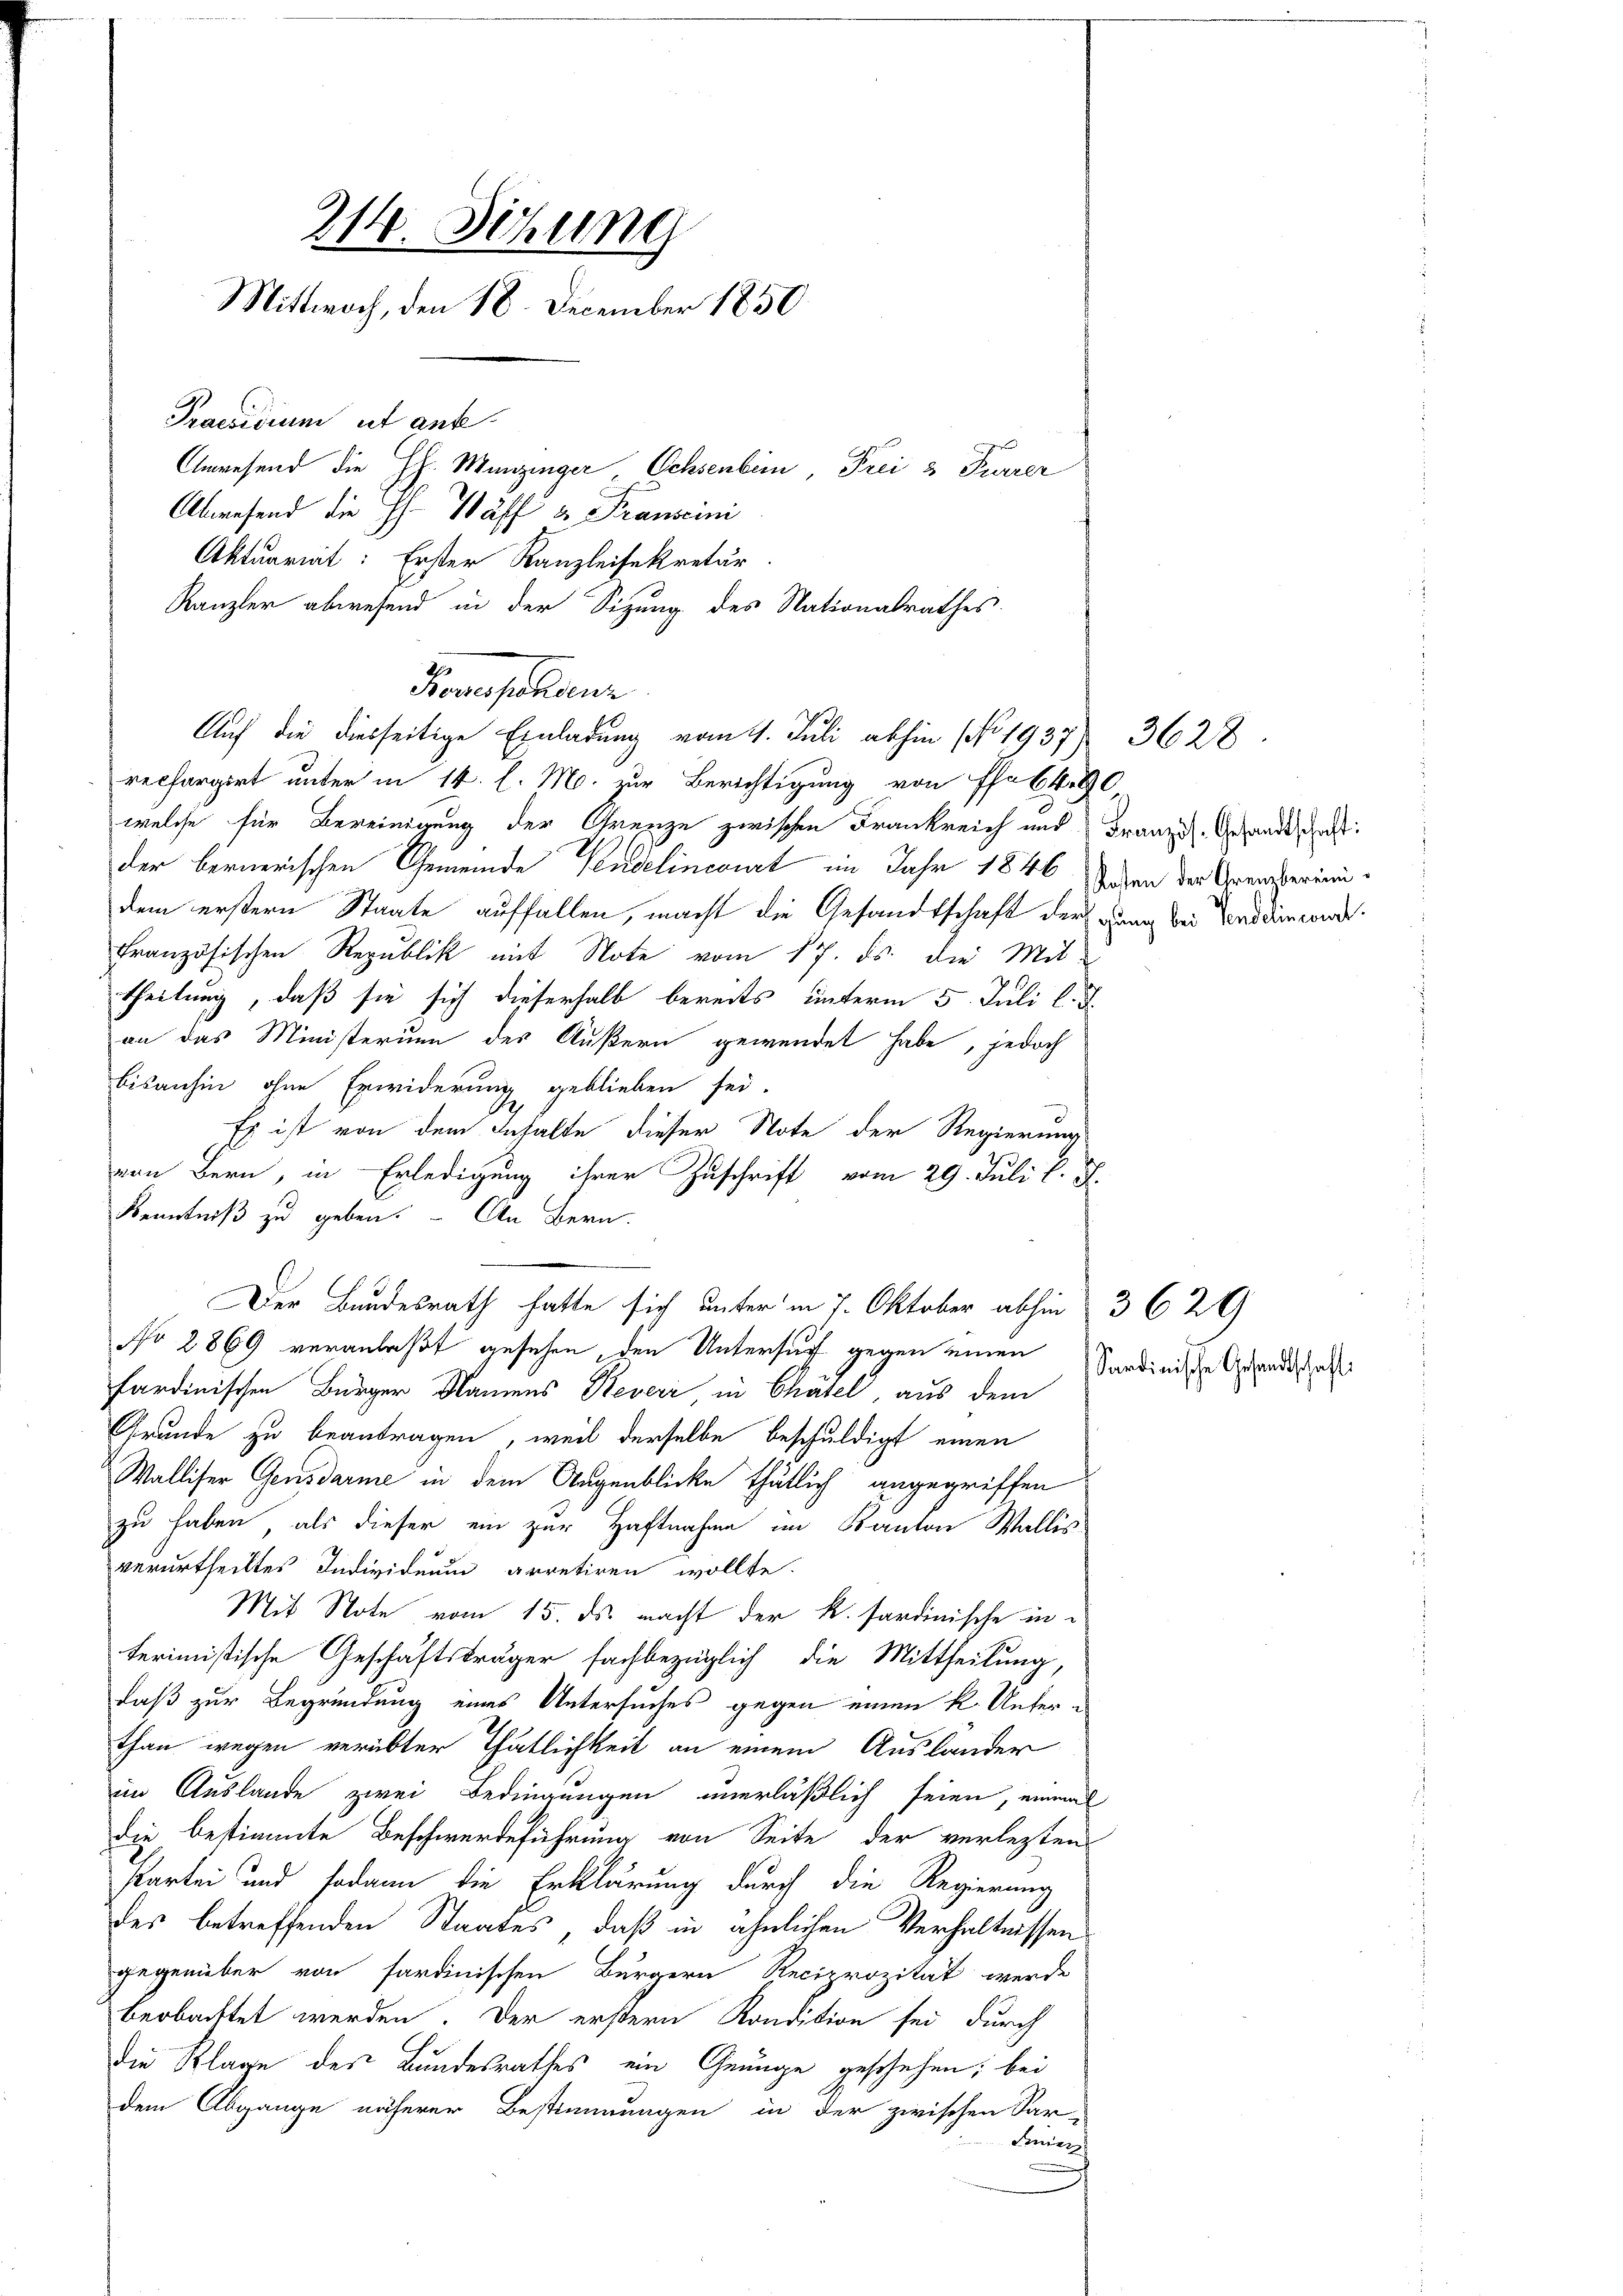
214. Sitzung
Mittwoch, den 18. December 1850
Praesidium ist anfe
Anwesend die HH. Menzinger Ochsenbein Frei & Furrer
Abwesend die H. Wäff u. Franscini
Aktuariat: Erster Kanzleisekretär

Auf die diesseitige Einladung vom 4. Juli abhin (No. 1937) 3628
rechargirt unter in 14. l. M. zur Berichtigung von Pfabbr
welche für Bereinigung der Grenze zwischen Frankreich und Französ. Gesandtschaft:
der bernerischen Gemeinde Pendelincourt im Jahr 1846 Jahren der Grenzperindem erstern Staate auffallen, macht die Gesandtschaft der Gang bei Verdamend
französischen Republik mit Note vom 17. ds. die Mit-
theilung, daß sie sich dieserhalb bereits unterm 5. Juli l. J.
an das Ministerium des Äußern gewendet habe, jedoch
bisanhin ohne Erwiderung geblieben sei.
Es ist von dem Gehalte dieser Note der Regierung
von Bern, in Erledigung ihrer Zuschrift vom 29. Juli l. J.
Kenntniß zu geben. – An Bern
Der Bundesrath hatte sich unter in 7. Oktober abhin 3 629
No 2869 veranlaßt gesehen, den Untersuch gegen einen
sardinischen Bürger Namens Reveri in Chätel, aus dem
Grunde zu beantragen, weil derselbe beschuldigt einen
Walliser Gensdarme in dem Augenblicke thätlich angegriffen
zu haben, als dieser ein zur Haftnahme im Kanton Wallis
verurtheiltes Individuum arretiren wollte.
Mit Note vom 15. ds. macht der k. sardinische interimistische Geschäftsträger fachbezüglich die Mittheilung,
daß zur Begründung eines Untersuches gegen einen k. Unterthan wegen verübter Thätlichkeit an einem Ausländer
im Auslande zwei Bedingungen unerläßlich seien, einmal
die bestimmte Beschwerdeführung von Seite der verlezten
Partei und sodann die Erklärung durch die Regierung
des betreffenden Staates, daß in ähnlichen Verhältnissen
gegenüber von sardinischen Bürgern Reciprozität werde
beobachtet werden. Der erstern Kondition sei durch
die Klage des Bundesrathes ein Genüge geschehen; bei
dem Abgange näherer Bestimmungen in der zwischen Sar-
Feniers

Kanzler abwesend in der Sitzung des Nationalrathes
27
Norrespondenz

Sardinische Gesandtschaft